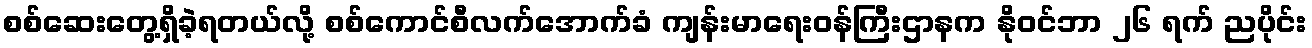
စစ်ဆေးတွေ့ရှိခဲ့ရတယ်လို့ စစ်ကောင်စီလက်အောက်ခံ ကျန်းမာရေးဝန်ကြီးဌာနက နိုဝင်ဘာ ၂၆ ရက် ညပိုင်း